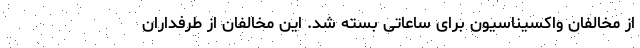
از مخالفان واکسیناسیون برای ساعاتی بسته شد. این مخالفان از طرفداران